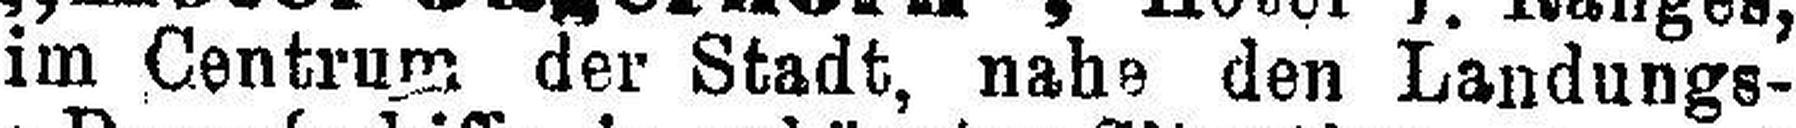
im Centrum der Stadt, nahe den Landungs¬